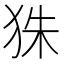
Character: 𤝹